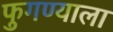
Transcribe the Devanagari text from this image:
फुगण्याला